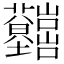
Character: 𡿤